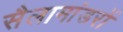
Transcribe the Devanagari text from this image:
सैलामांडरों